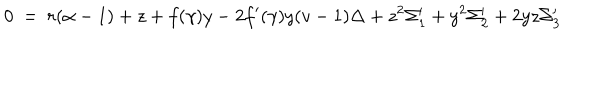
0 ~ = ~ r ( \alpha - 1 ) + z + f ( \gamma ) y - 2 f ^ { \prime } ( \gamma ) y ( v - 1 ) \Delta + z ^ { 2 } \Sigma _ { 1 } ^ { \prime } + y ^ { 2 } \Sigma _ { 2 } ^ { \prime } + 2 y z \Sigma _ { 3 } ^ { \prime }